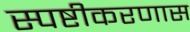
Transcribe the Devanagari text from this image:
स्पष्टीकरणास